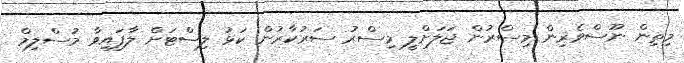
މިތިން ނޫސްވެރިން މިސްރުން ޖަލަށްލީ މިސްރު ސަރުކާރުން ކަޅު ލިސްޓަށް ލާފައިވާ މުސްލިމް